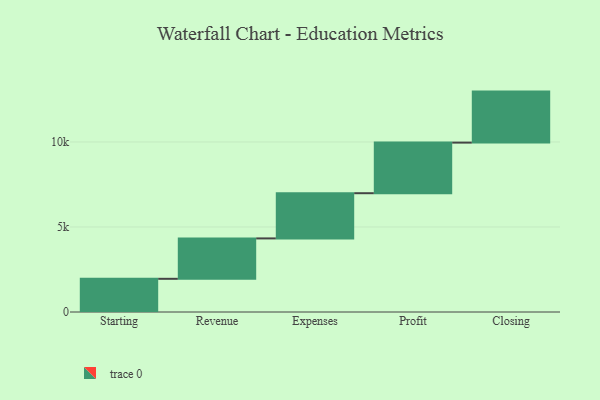
{"axis": {"x": "Step", "y": "Value"}, "legend": [""], "data": [{"x": "Starting", "y": 1952.0, "type": ""}, {"x": "Revenue", "y": 2376.0, "type": ""}, {"x": "Expenses", "y": 2659.0, "type": ""}, {"x": "Profit", "y": 2976.0, "type": ""}, {"x": "Closing", "y": 3000, "type": ""}]}